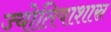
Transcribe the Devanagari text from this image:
ज्योतिषाशास्र